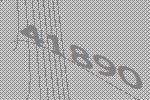
41890